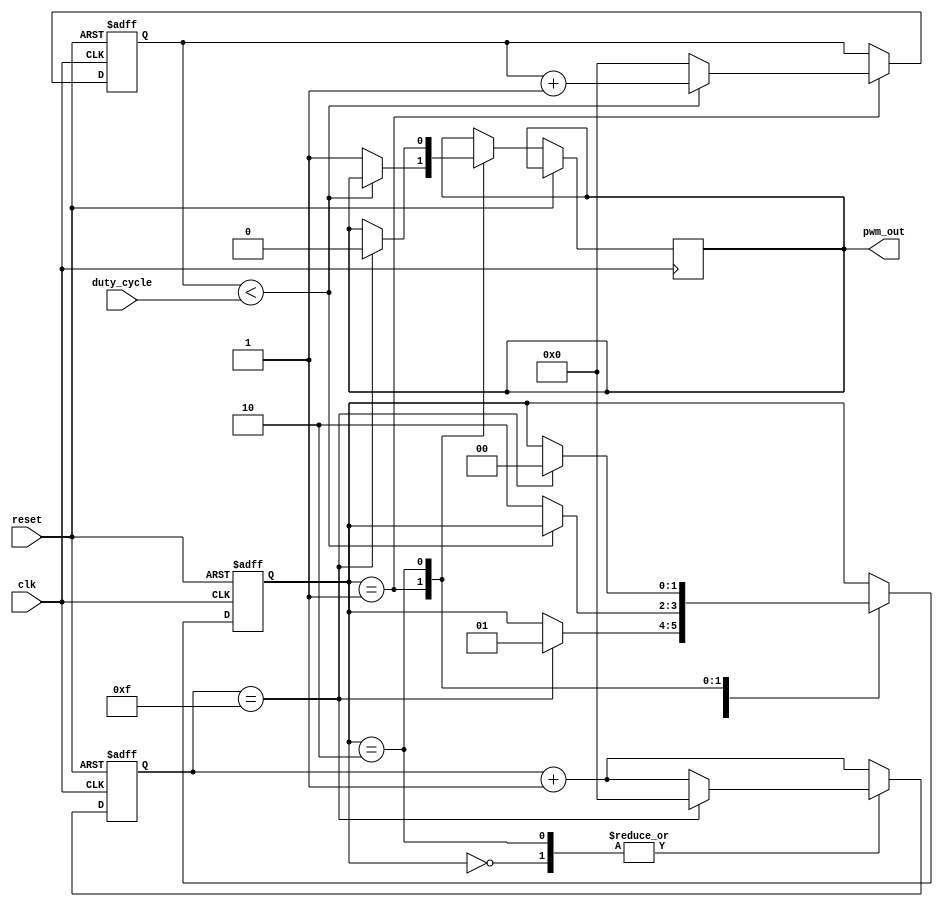
module pwm_timer (
    input wire clk,
    input wire reset,
    input wire duty_cycle,
    output reg pwm_out
);

reg [3:0] counter;
reg [3:0] duty_counter;
reg [1:0] state;

parameter IDLE = 2'b00;
parameter HIGH = 2'b01;
parameter LOW = 2'b10;

always @(posedge clk or posedge reset) begin
    if (reset) begin
        counter <= 4'b0000;
        duty_counter <= 4'b0000;
        state <= IDLE;
    end else begin
        counter <= counter + 1;
        
        case (state)
            IDLE: begin
                if (counter == 4'b1111) begin
                    counter <= 4'b0000;
                    state <= HIGH;
                end
            end
            HIGH: begin
                if (duty_counter < duty_cycle) begin
                    duty_counter <= duty_counter + 1;
                end else begin
                    pwm_out <= 1;
                    duty_counter <= 4'b0000;
                    state <= LOW;
                end
            end
            LOW: begin
                if (counter == 4'b1111) begin
                    pwm_out <= 0;
                    counter <= 4'b0000;
                    state <= IDLE;
                end
            end
        endcase
    end
end

endmodule